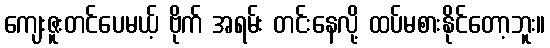
ကျေးဇူးတင်ပေမယ့် ဗိုက် အရမ်း တင်းနေလို့ ထပ်မစားနိုင်တော့ဘူး။